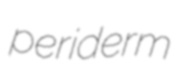
periderm